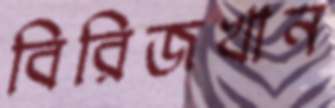
বিরিজখান